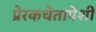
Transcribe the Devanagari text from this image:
प्रेरकचेतापेशी